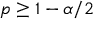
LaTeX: p \geq 1 - \alpha / 2